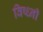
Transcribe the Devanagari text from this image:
विष्ध्नी